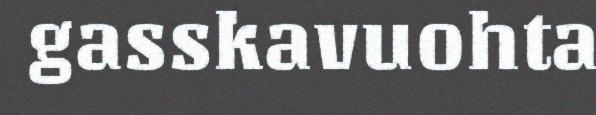
gasskavuohta